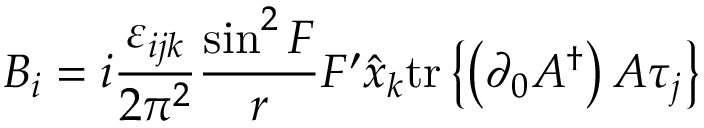
B _ { i } = i \frac { \varepsilon _ { i j k } } { 2 \pi ^ { 2 } } \frac { \sin ^ { 2 } F } { r } F ^ { \prime } \hat { x } _ { k } \mathrm { t r } \left\{ \left( \partial _ { 0 } A ^ { \dag } \right) A \tau _ { j } \right\}